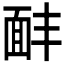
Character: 𩈈